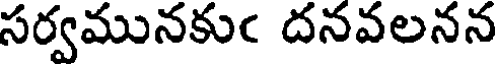
సర్వమునకుఁ దనవలనన